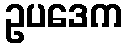
ဥပဒေက